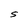
Character: S